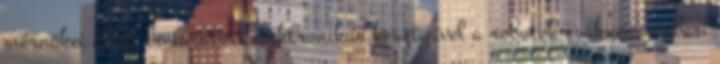
mérnökei által bemutatott elektronikus kesztyűvel a robotok csaknem emberi